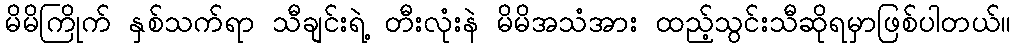
မိမိကြိုက် နှစ်သက်ရာ သီချင်းရဲ့ တီးလုံးနဲ မိမိအသံအား ထည့်သွင်းသီဆိုရမှာဖြစ်ပါတယ်။